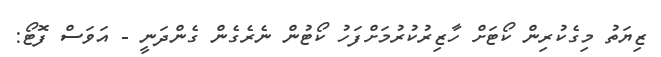
ޒިޔަތު މިގެކުރިން ކޯޓަށް ހާޒިރުކުރުމަށްފަހު ކޯޓުން ނެރެގެން ގެންދަނީ - އަވަސް ފޮޓޯ: